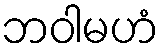
ဘဝါမဟံ